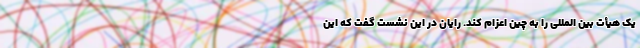
یک هیأت بین المللی را به چین اعزام کند. رایان در این نشست گفت که این